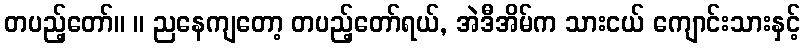
တပည့်တော်။ ။ ညနေကျတော့ တပည့်တော်ရယ်, အဲဒီအိမ်က သားငယ် ကျောင်းသားနှင့်